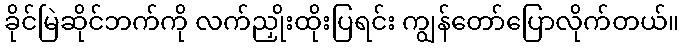
ခိုင်မြဲဆိုင်ဘက်ကို လက်ညှိုးထိုးပြရင်း ကျွန်တော်ပြောလိုက်တယ်။